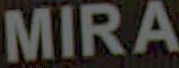
MIRA